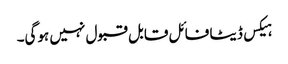
ہیکس ڈیٹا فائل قابل قبول نہیں ہوگی۔